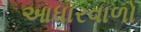
આધારવાળો